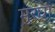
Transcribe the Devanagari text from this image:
मुरघा